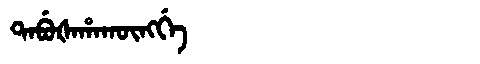
Manchu: ᡨᠠᠪᡠᡧᠠᡥᠠᡴᡡᠩᡤᡝ
Romanization: TABUŠAHAKŪNGGE